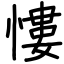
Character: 慺